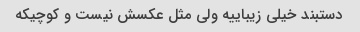
دستبند خیلی زیباییه ولی مثل عکسش نیست و کوچیکه